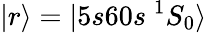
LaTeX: |r\rangle=|5s60s~^{1}S_{0}\rangle